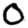
Digit: 0